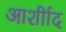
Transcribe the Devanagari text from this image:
आर्शीाद